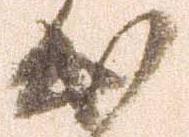
出